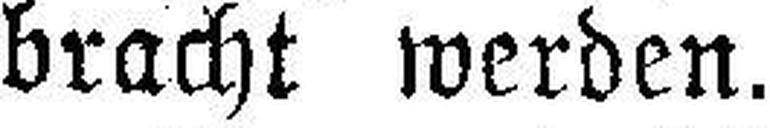
bracht werden.